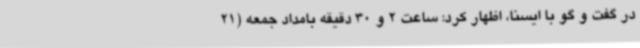
در گفت و گو با ایسنا، اظهار کرد: ساعت 2 و 30 دقیقه بامداد جمعه (21